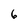
Character: 6